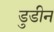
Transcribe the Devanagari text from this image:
डुडीन